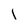
Character: l